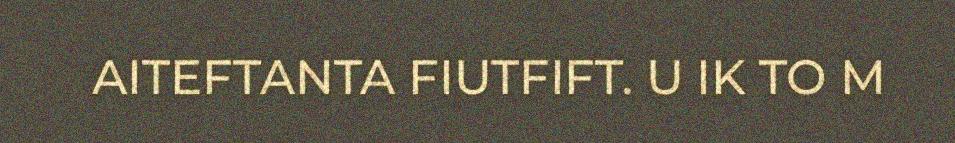
AITEFTANTA FIUTFIFT. U IK TO M